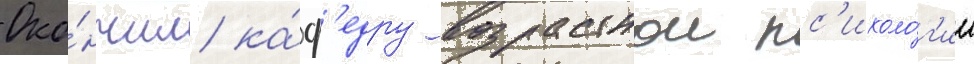
Око́нчил ка́ф'едру возрастнои пс'ихоло́г'ии